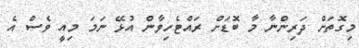
މިގޮތަށް ދަރިންނާ މާ ބޮޑަށް ރައްޓެހިވާން އުޅޭ ނަމަ މިއީ ވެސް އެ